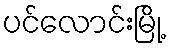
ပင်လောင်းမြို့